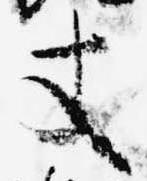
丈